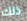
ذلك